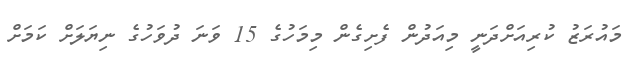
މައުރަޒު ކުރިއަށްދަނީ މިއަދުން ފެށިގެން މިމަހުގެ 15 ވަނަ ދުވަހުގެ ނިޔަލަށް ކަމަށް